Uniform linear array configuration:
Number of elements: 48
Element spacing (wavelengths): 1
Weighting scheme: kaiser
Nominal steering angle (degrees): -30
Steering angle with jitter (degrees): -30.049
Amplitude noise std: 0.05
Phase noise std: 0.05

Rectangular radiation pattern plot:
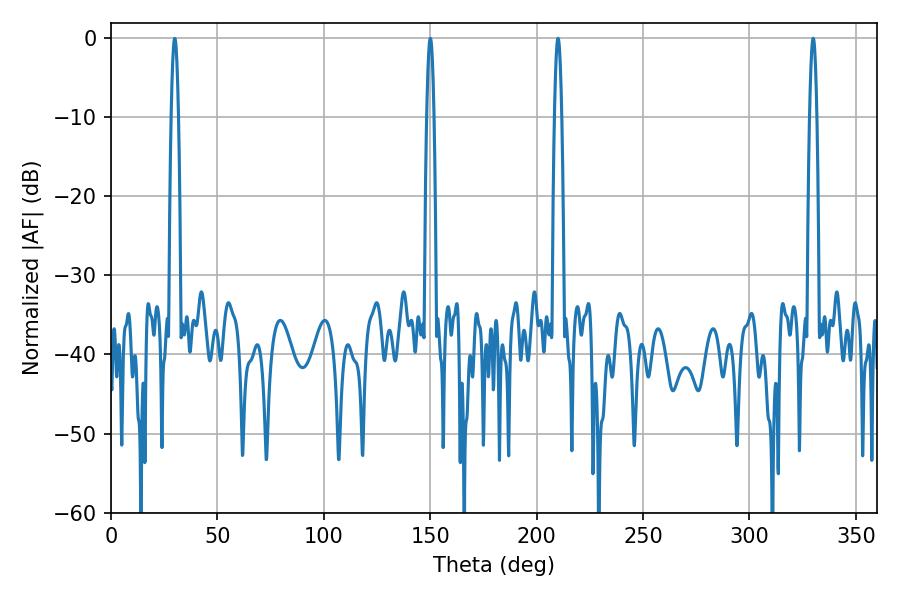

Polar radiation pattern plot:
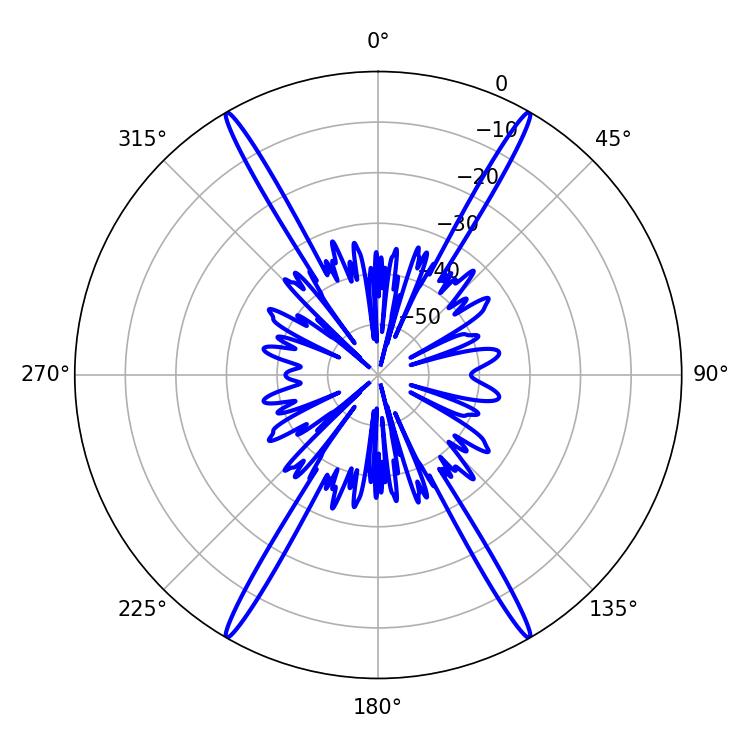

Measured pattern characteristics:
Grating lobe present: TRUE
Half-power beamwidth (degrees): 1.8
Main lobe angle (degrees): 329.94